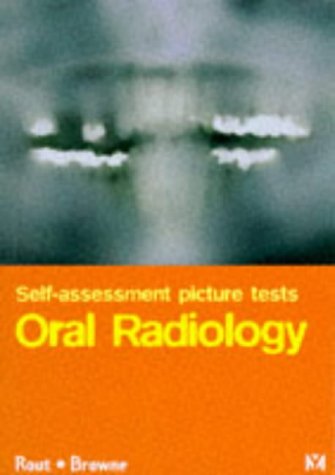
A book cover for Self Assessment Picture Tests in Dentistry: Oral Radiology, 1e; P. G. J. Rout BDS  FDSRCS  MDentSc  DDRRCR; Medical Books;